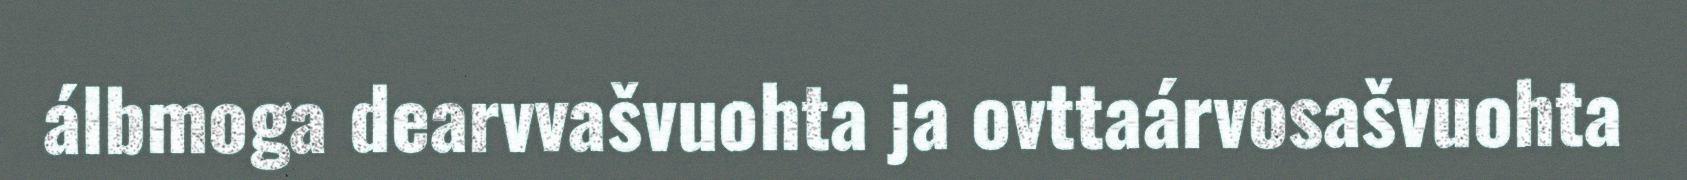
álbmoga dearvvašvuohta ja ovttaárvosašvuohta